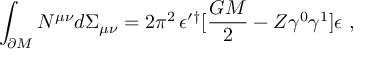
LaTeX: \int _ { \partial { \cal M } } N ^ { \mu \nu } d \Sigma _ { \mu \nu } = 2 \pi ^ { 2 } \, \epsilon ^ { \prime \dagger } [ { \frac { G M } { 2 } } - Z \gamma ^ { 0 } \gamma ^ { 1 } ] \epsilon \ ,